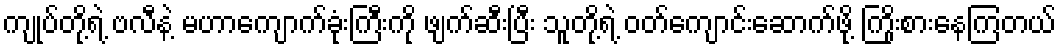
ကျုပ်တို့ရဲ့ ဗလီနဲ့ မဟာကျောက်ခုံးကြီးကို ဖျက်ဆီးပြီး သူတို့ရဲ့ ဝတ်ကျောင်းဆောက်ဖို့ ကြိုးစားနေကြတယ်